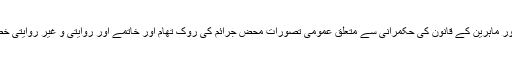
یہاں کے پالیسی سازوں اور پیشہ ور ماہرین کے قانون کی حکمرانی سے متعلق عمومی تصورات محض جرائم کی روک تھام اور خاتمے اور روایتی و غیر روایتی خطرات سے نمٹنے تک محدود ہیں ۔